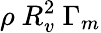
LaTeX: \rho\ R_{v}^{2}\ \Gamma_{m}